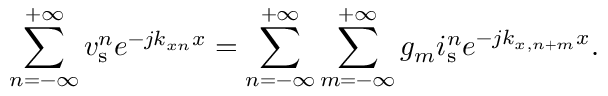
\sum _ { n = - \infty } ^ { + \infty } v _ { \mathrm { s } } ^ { n } e ^ { - j k _ { x n } x } = \sum _ { n = - \infty } ^ { + \infty } \sum _ { m = - \infty } ^ { + \infty } g _ { m } i _ { \mathrm { s } } ^ { n } e ^ { - j k _ { x , n + m } x } .